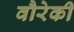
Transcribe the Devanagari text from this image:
वौरेकी